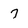
Character: 7